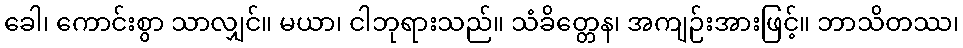
ခေါ၊ ကောင်းစွာ သာလျှင်။ မယာ၊ ငါဘုရားသည်။ သံခိတ္တေန၊ အကျဉ်းအားဖြင့်။ ဘာသိတဿ၊